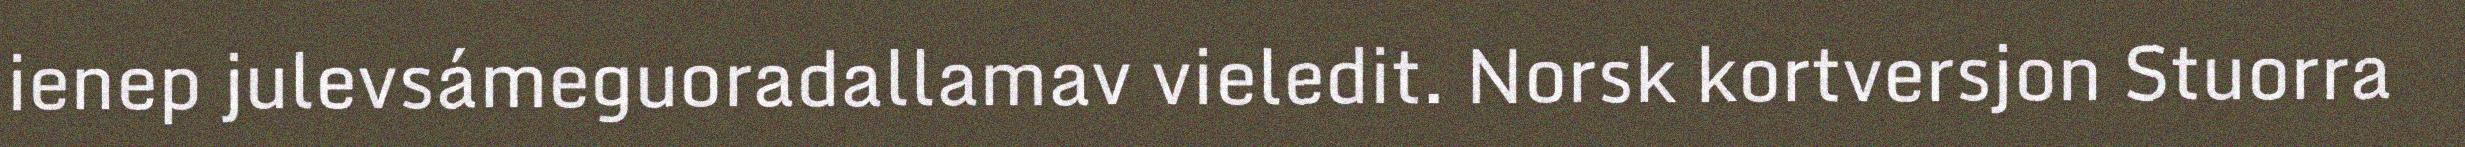
ienep julevsámeguoradallamav vieledit. Norsk kortversjon Stuorra